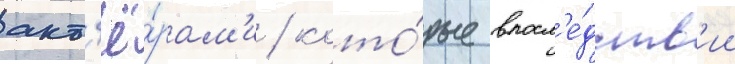
акт'ё́рам'и / кото́рые впосл'е́дств'ии